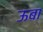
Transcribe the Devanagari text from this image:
ऊबा